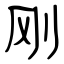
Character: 刚